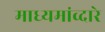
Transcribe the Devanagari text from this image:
माध्यमांव्दारे